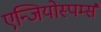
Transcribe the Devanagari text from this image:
एन्जियोस्पर्म्स